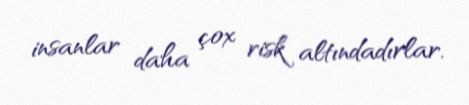
insanlar daha çox risk altındadırlar.